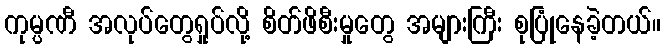
ကုမ္ပဏီ အလုပ်တွေရှုပ်လို့ စိတ်ဖိစီးမှုတွေ အများကြီး စုပြုံနေခဲ့တယ်။